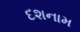
દશનામ